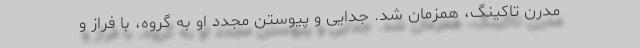
مدرن تاکینگ، همزمان شد. جدایی و پیوستن مجدد او به گروه، با فراز و